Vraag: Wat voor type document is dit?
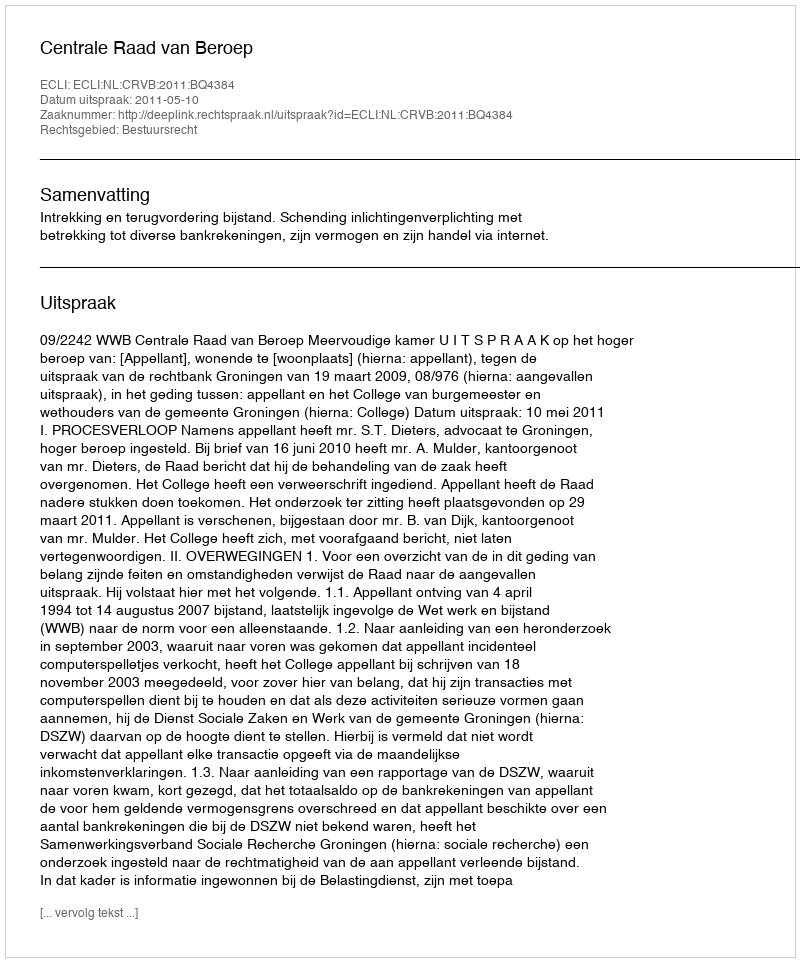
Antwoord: Uitspraak